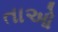
તાઓ